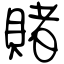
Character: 賭